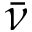
\Bar { \nu }